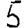
Digit: 5